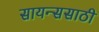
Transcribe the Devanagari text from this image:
सायन्ससाठी